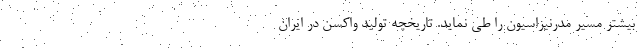
بیشتر مسیر مدرنیزاسیون را طی نماید. تاریخچه تولید واکسن‌ در ایران